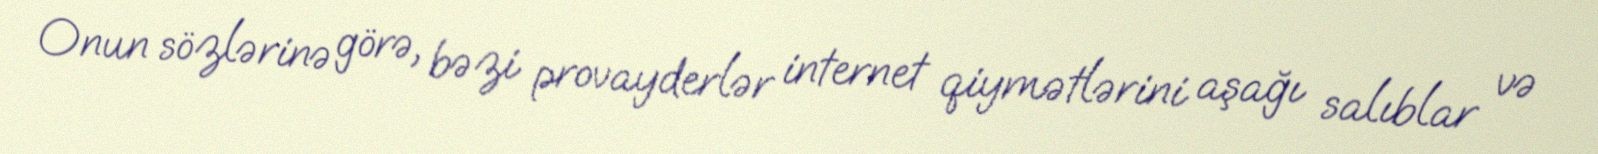
Onun sözlərinə görə, bəzi provayderlər internet qiymətlərini aşağı salıblar və